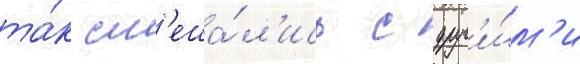
та́к см'еша́л'ись с друг'и́м'и